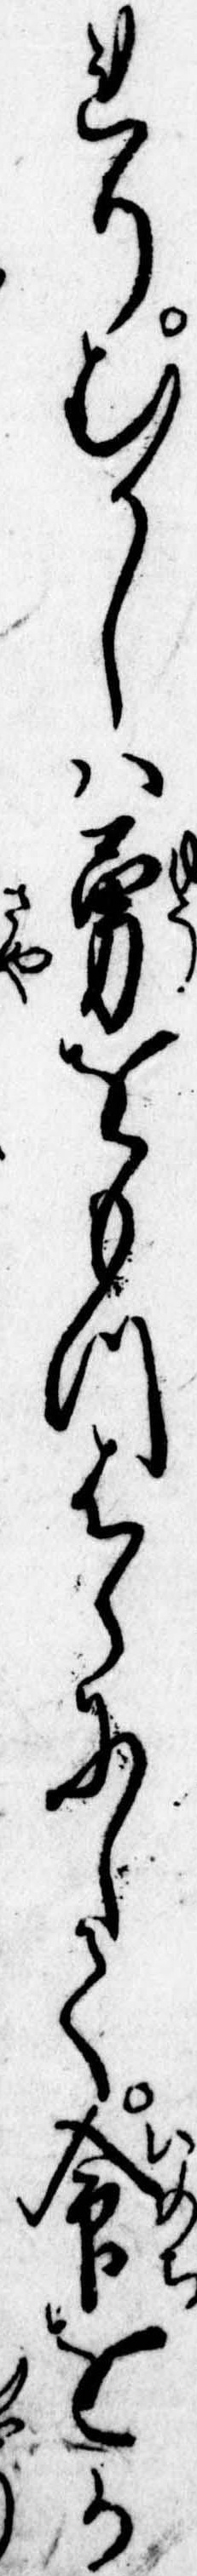
れりむかしは勇をもつはらにして命をか